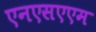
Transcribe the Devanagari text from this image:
एनएसएएम